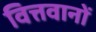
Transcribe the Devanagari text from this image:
वित्तवानों